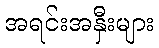
အရင်းအနှီးများ